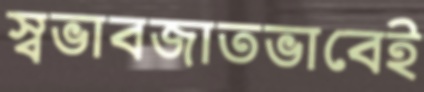
স্বভাবজাতভাবেই